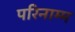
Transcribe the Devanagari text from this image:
परिनाम्म